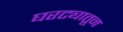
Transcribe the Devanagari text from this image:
घरट्यातून